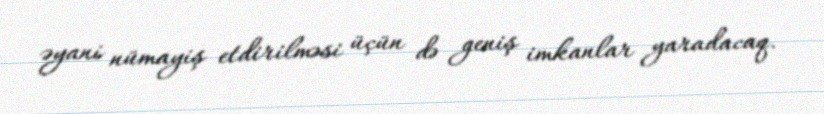
əyani nümayiş etdirilməsi üçün də geniş imkanlar yaradacaq.